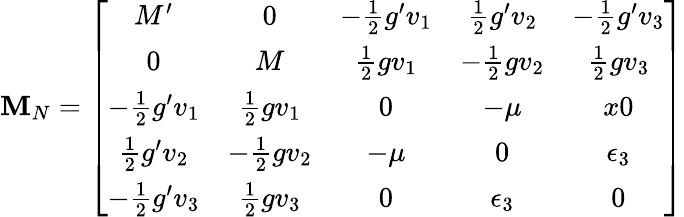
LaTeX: {\mathbf M}_{N}=\left[\begin{array}{ccccc}{{M^{\prime}}}&{{0}}&{{-\frac 12g^{\prime}v_{1}}}&{{\frac 12g^{\prime}v_{2}}}&{{-\frac 12g^{\prime}v_{3}}}\\ {{0}}&{{M}}&{{\frac 12gv_{1}}}&{{-\frac 12gv_{2}}}&{{\frac 12gv_{3}}}\\ {{-\frac 12g^{\prime}v_{1}}}&{{\frac 12gv_{1}}}&{{0}}&{{-\mu}}&{{x0}}\\ {{\frac 12g^{\prime}v_{2}}}&{{-\frac 12gv_{2}}}&{{-\mu}}&{{0}}&{{\epsilon_{3}}}\\ {{-\frac 12g^{\prime}v_{3}}}&{{\frac 12gv_{3}}}&{{0}}&{{\epsilon_{3}}}&{{0}}\end{array}\right]